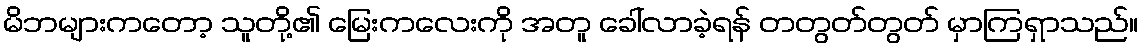
မိဘများကတော့ သူတို့၏ မြေးကလေးကို အတူ ခေါ်လာခဲ့ရန် တတွတ်တွတ် မှာကြရှာသည်။